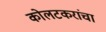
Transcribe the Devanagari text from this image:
कोलटकरांचा